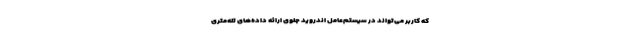
که کاربر می‌تواند در سیستم‌عامل اندروید جلوی ارائه‌ داده‌های تله‌متری